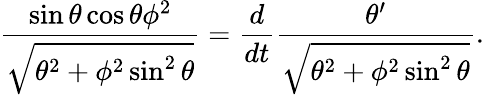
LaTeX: {\frac{\sin\theta\cos\theta\phi^{2}}{\sqrt{\theta^{2}+\phi^{2}\sin^{2}\theta}}}={\frac{d}{dt}}{\frac{\theta^{\prime}}{\sqrt{\theta^{2}+\phi^{2}\sin^{2}\theta}}}.